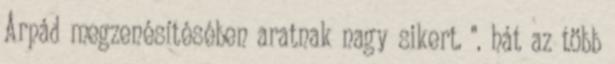
Árpád megzenésítésében aratnak nagy sikert. ". hát az több